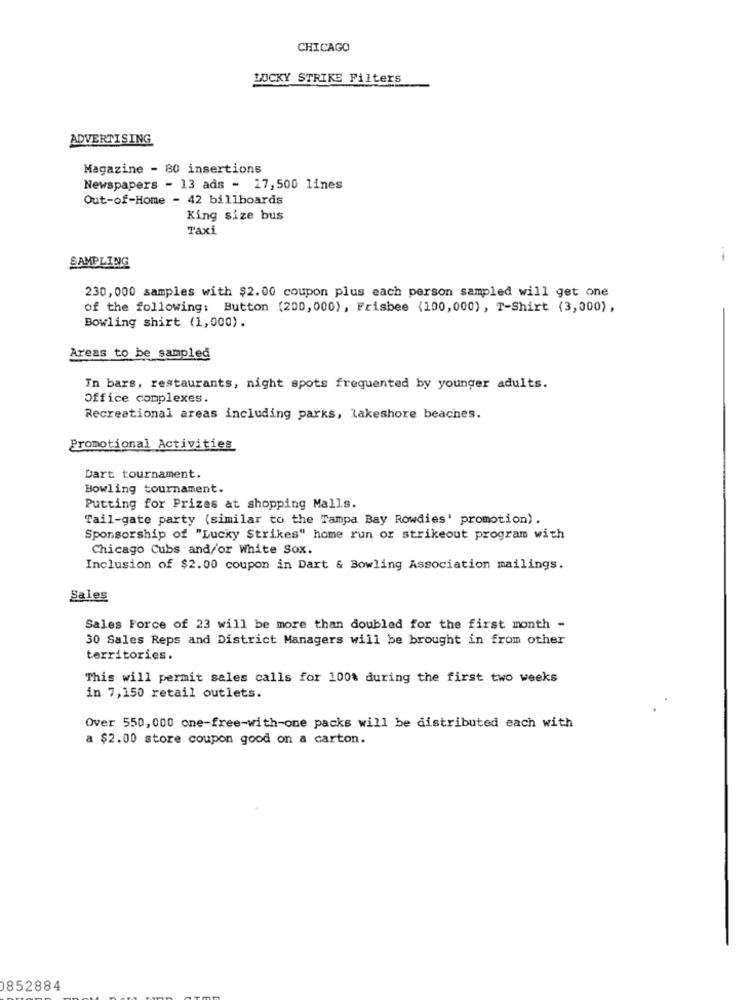
CHICAGO
LUCKY STRIKE Filters
ADVERTISING
Magazine - 80 insertions
Newspapers - 13 ads - 17,500 lines
Out-of-Home - 42 billboards
King size bus
Taxi
SAMPLING
230, 000 samples with $2.00 coupon plus each person sampled will get one
of the following: Button (200, 000), Frisbee (100,000) , T-Shirt (3,000),
Bowling shirt (1,000).
Areas to be sampled
In bars, restaurants, night spots frequented by younger adults.
Office complexes.
Recreational areas including parks, lakeshore beaches.
Promotional Activities
Dart tournament.
Bowling tournament.
Putting for Prizes at shopping Malls.
Tail-gate party (similar to the Tampa Bay Rowdies' promotion) .
Sponsorship of "Lucky Strikes" home run or strikeout program with
Chicago Cubs and/or White Sox.
Inclusion of $2.00 coupon in Dart & Bowling Association mailings.
Sales
Sales Force of 23 will be more than doubled for the first month -
30 Sales Reps and District Managers will be brought in from other
territories.
This will permit sales calls for 100% during the first two weeks
in 7,150 retail outlets.
Over 550,000 one-free-with-one packs will be distributed each with
a $2.00 store coupon good on a carton.
0852884